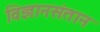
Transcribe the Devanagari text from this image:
विज्ञानसंतान